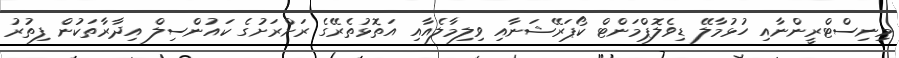
މިނިސްޓްރީންނާއި ހުޅުމާލޭ ޑިވެލޮޕްމަންޓް ކޯޕަރޭޝަނާއި ވިލިމާލެއާއި އަތޮޅުތެރޭގެ ރަށްރަށުގެ ކައުންސިލް އިދާރާތަކުން ފިތުރު